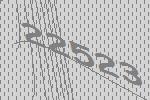
22523